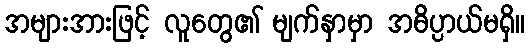
အများအားဖြင့် လူတွေ၏ မျက်နှာမှာ အဓိပ္ပာယ်မရှိ။